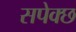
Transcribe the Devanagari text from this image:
सपेक्छ